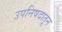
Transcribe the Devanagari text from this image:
उपनिषदातून